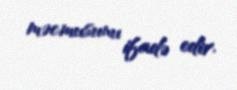
məcmusunu ifadə edir.